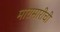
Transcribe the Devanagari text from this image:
मारामारीची